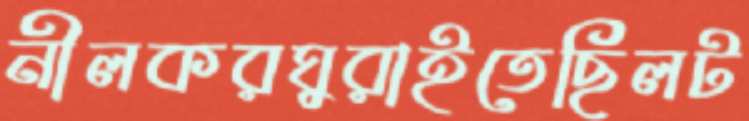
নীলকরঘুরাইতেছিলট